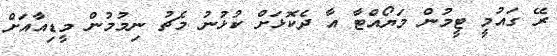
ރޭ ގައުމީ ޓީމުން މަޔޯއްޓާ އާ ދެކޮޅަށް ކުޅުނު މެޗު ނިމުމުން މީޑިއާއަށް